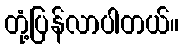
တုံ့ပြန်လာပါတယ်။